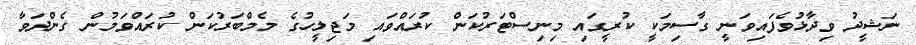
ނަޝީދު ވިދާޅުވެފައިވަނީ ގާސިމަކީ ކުރީގައި މިނިސްޓަރުކަން ކުރައްވައި މަޖިލީހުގެ މެމްބަރުކަން ކުރައްވަމުން ގެންދަވާ